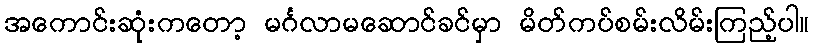
အကောင်းဆုံးကတော့ မင်္ဂလာမဆောင်ခင်မှာ မိတ်ကပ်စမ်းလိမ်းကြည့်ပါ။